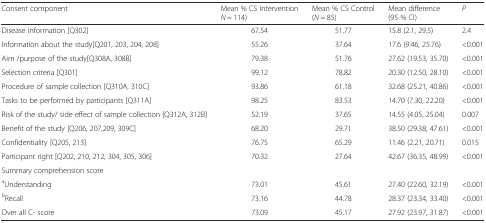
<table><thead><tr><td><b>Consent component</b></td><td><b>Mean % CS Intervention <i>N</i> = 114)</b></td><td><b>Mean % CS Control (<i>N</i> = 85)</b></td><td><b>Mean difference (95 % CI)</b></td><td><b><i>P</i></b></td></tr></thead><tbody><tr><td>Disease information [Q302]</td><td>67.54</td><td>51.77</td><td>15.8 (2.1, 29.5)</td><td>2.4</td></tr><tr><td>Information about the study[Q201, 203, 204, 208]</td><td>55.26</td><td>37.64</td><td>17.6 (9.46, 25.76)</td><td>&lt;0.001</td></tr><tr><td>Aim /purpose of the study[Q308A, 308B]</td><td>79.38</td><td>51.76</td><td>27.62 (19.53, 35.70)</td><td>&lt;0.001</td></tr><tr><td>Selection criteria [Q301]</td><td>99.12</td><td>78.82</td><td>20.30 (12.50, 28.10)</td><td>&lt;0.001</td></tr><tr><td>Procedure of sample collection [Q310A, 310C]</td><td>93.86</td><td>61.18</td><td>32.68 (25.21, 40.86)</td><td>&lt;0.001</td></tr><tr><td>Tasks to be performed by participants [Q311A]</td><td>98.25</td><td>83.53</td><td>14.70 (7.30, 22.20)</td><td>&lt;0.001</td></tr><tr><td>Risk of the study/ side effect of sample collection [Q312A, 312B]</td><td>52.19</td><td>37.65</td><td>14.55 (4.05, 25.04)</td><td>0.007</td></tr><tr><td>Benefit of the study [Q206, 207,209, 309C]</td><td>68.20</td><td>29.71</td><td>38.50 (29.38, 47.61)</td><td>&lt;0.001</td></tr><tr><td>Confidentiality [Q205, 213]</td><td>76.75</td><td>65.29</td><td>11.46 (2.21, 20.71)</td><td>0.015</td></tr><tr><td>Participant right [Q202, 210, 212, 304, 305, 306]</td><td>70.32</td><td>27.64</td><td>42.67 (36.35, 48.99)</td><td>&lt;0.001</td></tr><tr><td colspan="5">Summary comprehension score</td></tr><tr><td><sup>a</sup>Understanding</td><td>73.01</td><td>45.61</td><td>27.40 (22.60, 32.19)</td><td>&lt;0.001</td></tr><tr><td><sup>b</sup>Recall</td><td>73.16</td><td>44.78</td><td>28.37 (23.34, 33.40)</td><td>&lt;0.001</td></tr><tr><td>Over all C- score</td><td>73.09</td><td>45.17</td><td>27.92 (23.97, 31.87)</td><td>&lt;0.001</td></tr></tbody></table>